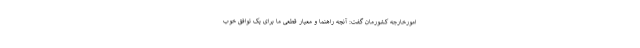
امورخارجه کشورمان گفت: آنچه راهنما و معیار قطعی ما برای یک توافق خوب